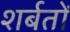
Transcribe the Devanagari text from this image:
शर्बतों